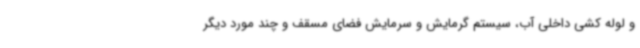
و لوله کشی داخلی آب، سیستم گرمایش و سرمایش فضای مسقف و چند مورد دیگر